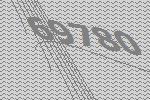
69780